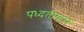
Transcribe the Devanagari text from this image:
पध्दतीव्दारे